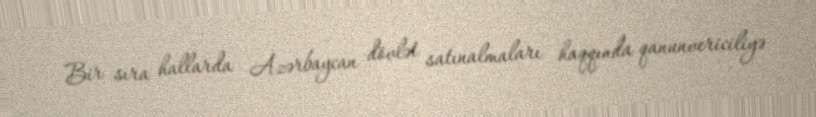
Bir sıra hallarda Azərbaycan dövlət satınalmaları haqqında qanunvericiliyə